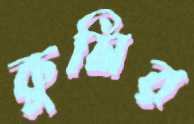
কুমির